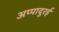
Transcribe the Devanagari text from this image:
अप्पादुरई